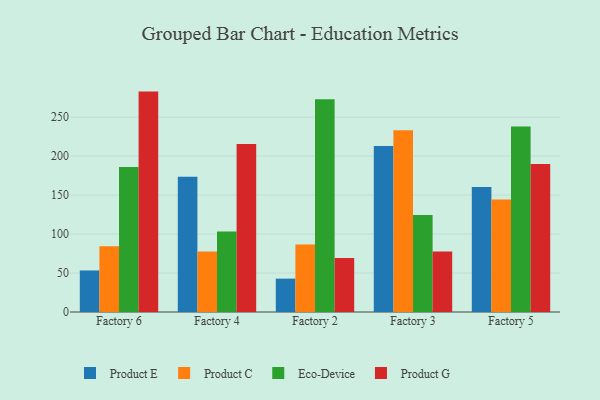
{"axis": {"x": "Factory", "y": "Backlog"}, "legend": ["Eco-Device", "Product C", "Product E", "Product G"], "data": [{"x": "Factory 6", "y": 53.3, "type": "Product E"}, {"x": "Factory 6", "y": 84.5, "type": "Product C"}, {"x": "Factory 6", "y": 186.2, "type": "Eco-Device"}, {"x": "Factory 6", "y": 282.8, "type": "Product G"}, {"x": "Factory 4", "y": 173.5, "type": "Product E"}, {"x": "Factory 4", "y": 77.7, "type": "Product C"}, {"x": "Factory 4", "y": 103.2, "type": "Eco-Device"}, {"x": "Factory 4", "y": 215.5, "type": "Product G"}, {"x": "Factory 2", "y": 42.8, "type": "Product E"}, {"x": "Factory 2", "y": 86.6, "type": "Product C"}, {"x": "Factory 2", "y": 273.1, "type": "Eco-Device"}, {"x": "Factory 2", "y": 69.4, "type": "Product G"}, {"x": "Factory 3", "y": 213.0, "type": "Product E"}, {"x": "Factory 3", "y": 233.2, "type": "Product C"}, {"x": "Factory 3", "y": 124.6, "type": "Eco-Device"}, {"x": "Factory 3", "y": 77.5, "type": "Product G"}, {"x": "Factory 5", "y": 160.5, "type": "Product E"}, {"x": "Factory 5", "y": 144.5, "type": "Product C"}, {"x": "Factory 5", "y": 238.1, "type": "Eco-Device"}, {"x": "Factory 5", "y": 189.9, "type": "Product G"}]}